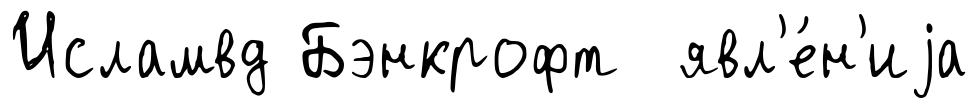
Исламвд Бэнкрофт явл'е́н'иjа